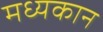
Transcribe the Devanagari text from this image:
मध्यकान